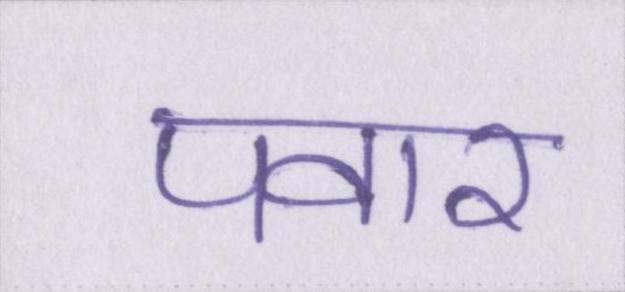
पवार